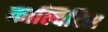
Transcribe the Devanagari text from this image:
काल्विटिस